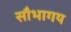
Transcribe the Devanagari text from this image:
सौभागय